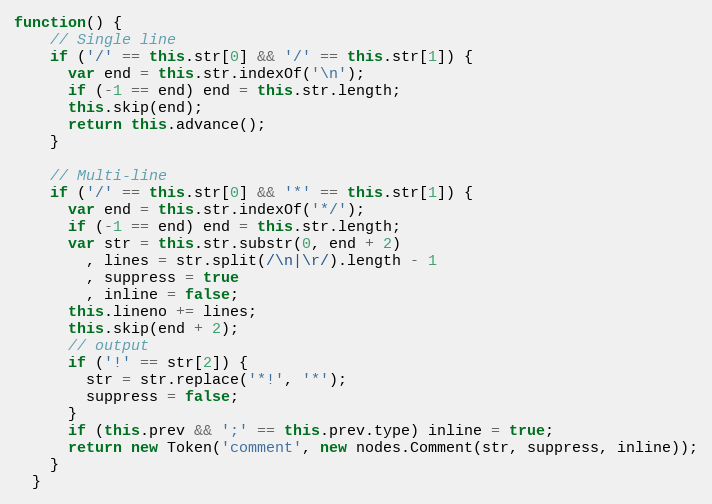
Language: JavaScript
function() {
    // Single line
    if ('/' == this.str[0] && '/' == this.str[1]) {
      var end = this.str.indexOf('\n');
      if (-1 == end) end = this.str.length;
      this.skip(end);
      return this.advance();
    }

    // Multi-line
    if ('/' == this.str[0] && '*' == this.str[1]) {
      var end = this.str.indexOf('*/');
      if (-1 == end) end = this.str.length;
      var str = this.str.substr(0, end + 2)
        , lines = str.split(/\n|\r/).length - 1
        , suppress = true
        , inline = false;
      this.lineno += lines;
      this.skip(end + 2);
      // output
      if ('!' == str[2]) {
        str = str.replace('*!', '*');
        suppress = false;
      }
      if (this.prev && ';' == this.prev.type) inline = true;
      return new Token('comment', new nodes.Comment(str, suppress, inline));
    }
  }